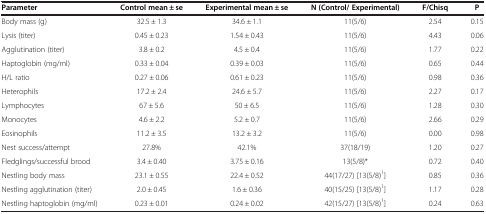
<table><thead><tr><td><b>Parameter</b></td><td><b>Control mean ± se</b></td><td><b>Experimental mean ± se</b></td><td><b>N (Control/ Experimental)</b></td><td><b>F/Chisq</b></td><td><b>P</b></td></tr></thead><tbody><tr><td>Body mass (g)</td><td>32.5 ± 1.3</td><td>34.6 ± 1.1</td><td>11(5/6)</td><td>2.54</td><td>0.15</td></tr><tr><td>Lysis (titer)</td><td>0.45 ± 0.23</td><td>1.54 ± 0.43</td><td>11(5/6)</td><td>4.43</td><td>0.06</td></tr><tr><td>Agglutination (titer)</td><td>3.8 ± 0.2</td><td>4.5 ± 0.4</td><td>11(5/6)</td><td>1.77</td><td>0.22</td></tr><tr><td>Haptoglobin (mg/ml)</td><td>0.33 ± 0.04</td><td>0.39 ± 0.03</td><td>11(5/6)</td><td>0.65</td><td>0.44</td></tr><tr><td>H/L ratio</td><td>0.27 ± 0.06</td><td>0.61 ± 0.23</td><td>11(5/6)</td><td>0.98</td><td>0.36</td></tr><tr><td>Heterophils</td><td>17.2 ± 2.4</td><td>24.6 ± 5.7</td><td>11(5/6)</td><td>2.27</td><td>0.17</td></tr><tr><td>Lymphocytes</td><td>67 ± 5.6</td><td>50 ± 6.5</td><td>11(5/6)</td><td>1.28</td><td>0.30</td></tr><tr><td>Monocytes</td><td>4.6 ± 2.2</td><td>5.2 ± 0.7</td><td>11(5/6)</td><td>2.66</td><td>0.29</td></tr><tr><td>Eosinophils</td><td>11.2 ± 3.5</td><td>13.2 ± 3.2</td><td>11(5/6)</td><td>0.00</td><td>0.98</td></tr><tr><td>Nest success/attempt</td><td>27.8%</td><td>42.1%</td><td>37(18/19)</td><td>1.20</td><td>0.27</td></tr><tr><td>Fledglings/successful brood</td><td>3.4 ± 0.40</td><td>3.75 ± 0.16</td><td>13(5/8)*</td><td>0.72</td><td>0.40</td></tr><tr><td>Nestling body mass</td><td>23.1 ± 0.55</td><td>22.4 ± 0.52</td><td>44(17/27) [13(5/8)<sup>1</sup>]</td><td>0.85</td><td>0.36</td></tr><tr><td>Nestling agglutination (titer)</td><td>2.0 ± 0.45</td><td>1.6 ± 0.36</td><td>40(15/25) [13(5/8)<sup>1</sup>]</td><td>1.17</td><td>0.28</td></tr><tr><td>Nestling haptoglobin (mg/ml)</td><td>0.23 ± 0.01</td><td>0.24 ± 0.02</td><td>42(15/27) [13(5/8)<sup>1</sup>]</td><td>0.24</td><td>0.63</td></tr></tbody></table>